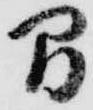
間